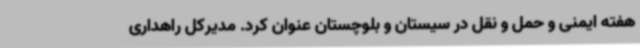
هفته ایمنی و حمل و نقل در سیستان و بلوچستان عنوان کرد. مدیرکل راهداری